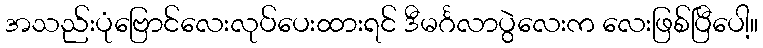
အသည်းပုံဗြောင်လေးလုပ်ပေးထားရင် ဒီမင်္ဂလာပွဲလေးက လေးဖြစ်ပြီပေါ့။